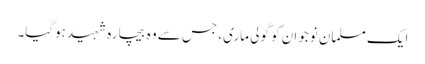
ایک مسلمان نوجوان کو گولی ماری، جس سے وہ بیچارہ شہید ہوگیا۔